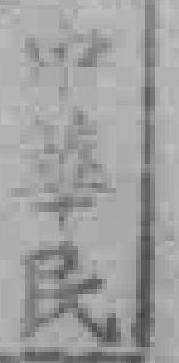
中華民